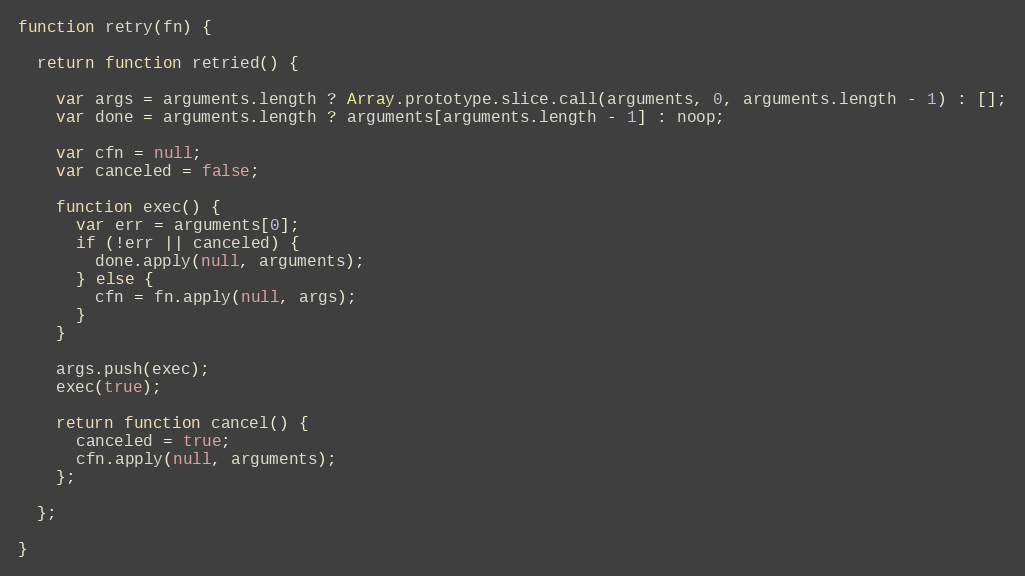
Language: JavaScript
function retry(fn) {

  return function retried() {

    var args = arguments.length ? Array.prototype.slice.call(arguments, 0, arguments.length - 1) : [];
    var done = arguments.length ? arguments[arguments.length - 1] : noop;

    var cfn = null;
    var canceled = false;

    function exec() {
      var err = arguments[0];
      if (!err || canceled) {
        done.apply(null, arguments);
      } else {
        cfn = fn.apply(null, args);
      }
    }

    args.push(exec);
    exec(true);

    return function cancel() {
      canceled = true;
      cfn.apply(null, arguments);
    };

  };

}